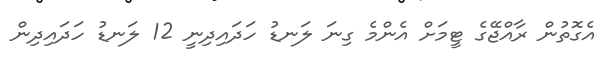
އެގޮތުން ރާއްޖޭގެ ޓީމަށް އެންމެ ގިނަ ލަނޑު ހަދައިދިނީ 12 ލަނޑު ހަދައިދިން